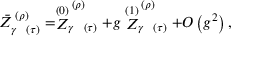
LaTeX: \bar { Z } _ { \gamma \; \; \; ( \tau ) } ^ { \; ( \rho ) } = \stackrel { ( 0 ) } { Z } _ { \gamma \; \; \; ( \tau ) } ^ { \; ( \rho ) } + g \stackrel { ( 1 ) } { Z } _ { \gamma \; \; \; ( \tau ) } ^ { \; ( \rho ) } + O \left( g ^ { 2 } \right) ,